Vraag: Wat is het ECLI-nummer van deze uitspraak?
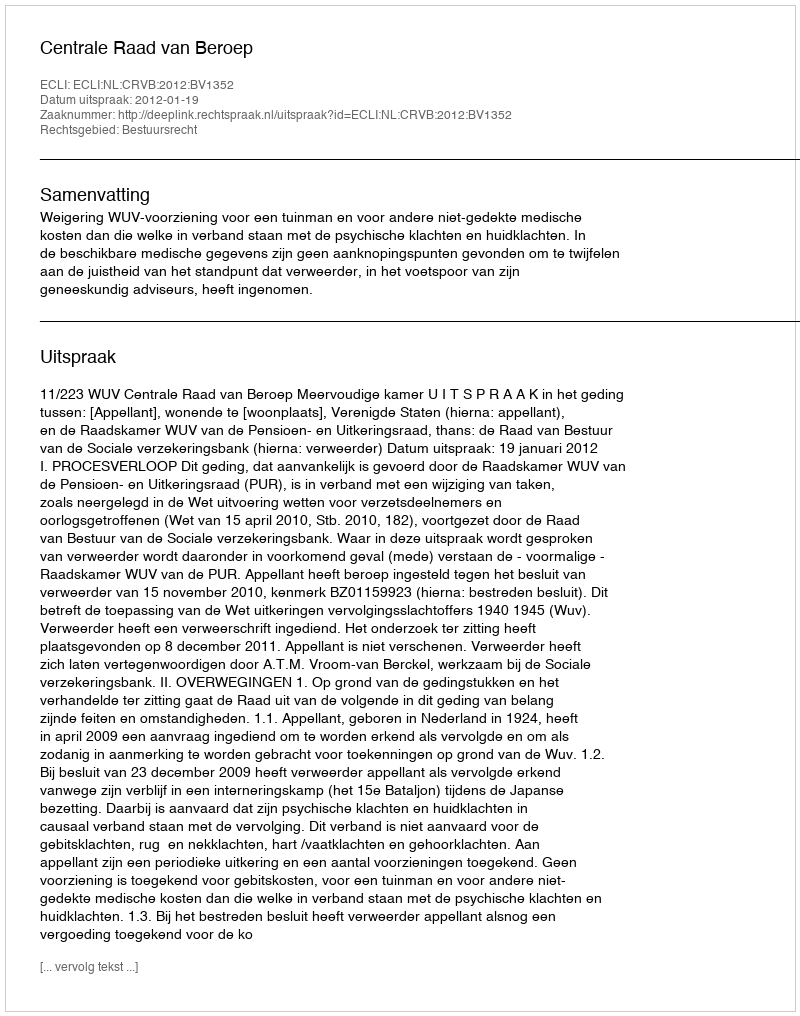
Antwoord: ECLI:NL:CRVB:2012:BV1352